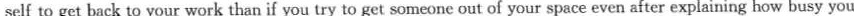
self to get back to your work than if you try to get someone out of your space even after explaining how busy you